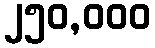
၂၅၀,၀၀၀